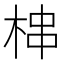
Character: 梙